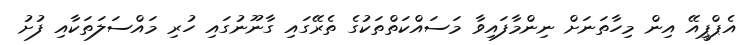
އެޕްޕީއޭ އިން މިހާތަނަށް ނިންމާފައިވާ މަސައްކަތްތަކުގެ ތެރޭގައި ގާނޫނުގައި ހުރި މައްސަލަތަކާއި ފުށު